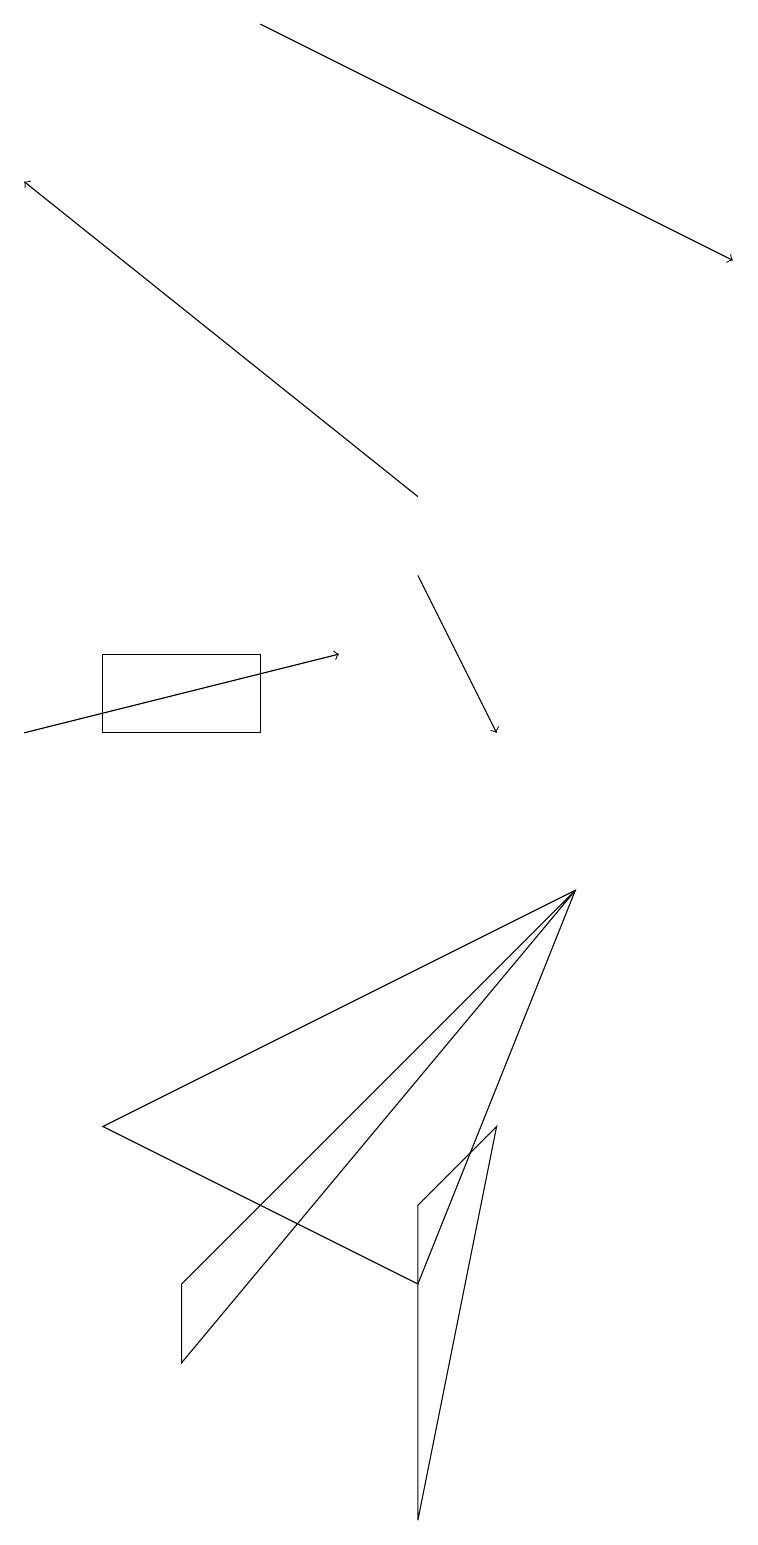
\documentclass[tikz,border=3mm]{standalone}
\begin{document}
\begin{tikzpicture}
\draw (7,8) -- (5,3) -- (1,5) -- cycle;
\draw (1,11) rectangle (3,10);
\draw[->] (5,13) -- (0,17);
\draw[->] (5,12) -- (6,10);
\draw[->] (0,10) -- (4,11);
\draw (2,2) -- (7,8) -- (2,3) -- cycle;
\draw (6,5) -- (5,0) -- (5,4) -- cycle;
\draw[->] (3,19) -- (9,16);
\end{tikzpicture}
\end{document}